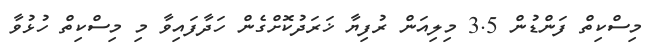
މިސްކިތް ފަންޑުން 3.5 މިލިއަން ރުފިޔާ ޚަރަދުކޮށްގެން ހަދާފައިވާ މި މިސްކިތް ހުޅުވާ